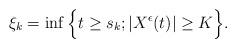
LaTeX: \begin{align*}&\xi_{k}=\inf\Big\{t\geq s_{k}; |X^{\epsilon}(t)|\geq K\Big\}.\end{align*}